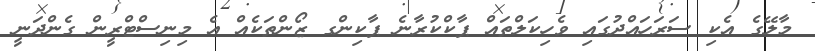
މާލޭގެ އެކި ސަރަހައްދުގައި ވެހިކަލްތައް ޕާކްކުރާނެ ޕާކިންގ ޒޯންތަކެއް އެ މިނިސްޓްރީން ގެންދަނީ